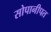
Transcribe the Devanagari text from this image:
सोपानीपत